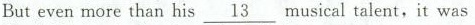
But even more than his \underline{13} musical talent，it was